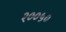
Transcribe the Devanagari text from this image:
२००५०